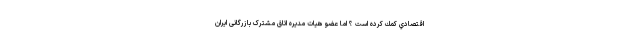
اقتصادي كمك كرده است ؟ اما عضو هیات مدیره اتاق مشترک بازرگانی ایران